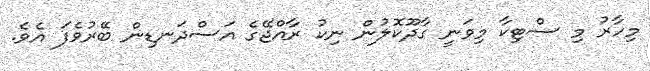
މިހާރު މި ސްޓިކާ މިވަނީ ގާދޫކޮލުން ނިކު ރާއްޖޭގެ އަސްދަނޑިން ބޭރުވެފަ އެވެ.